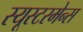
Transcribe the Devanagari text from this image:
स्यूस्टरमेन्स